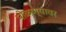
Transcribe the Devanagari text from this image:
पोळण्यावर